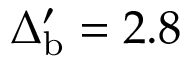
\Delta _ { \mathrm { b } } ^ { \prime } = 2 . 8